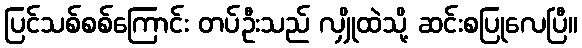
ပြင်သစ်စစ်ကြောင်း တပ်ဦးသည် လျှိုထဲသို့ ဆင်းစပြုလေပြီ။